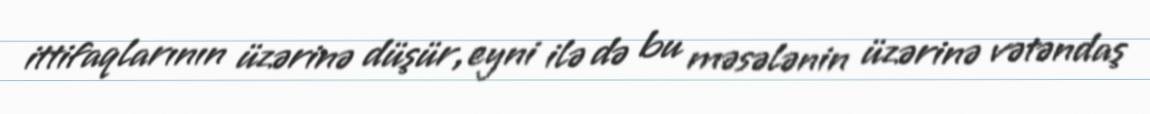
ittifaqlarının üzərinə düşür, eyni ilə də bu məsələnin üzərinə vətəndaş